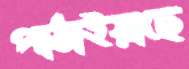
পাঠাইয়াছে